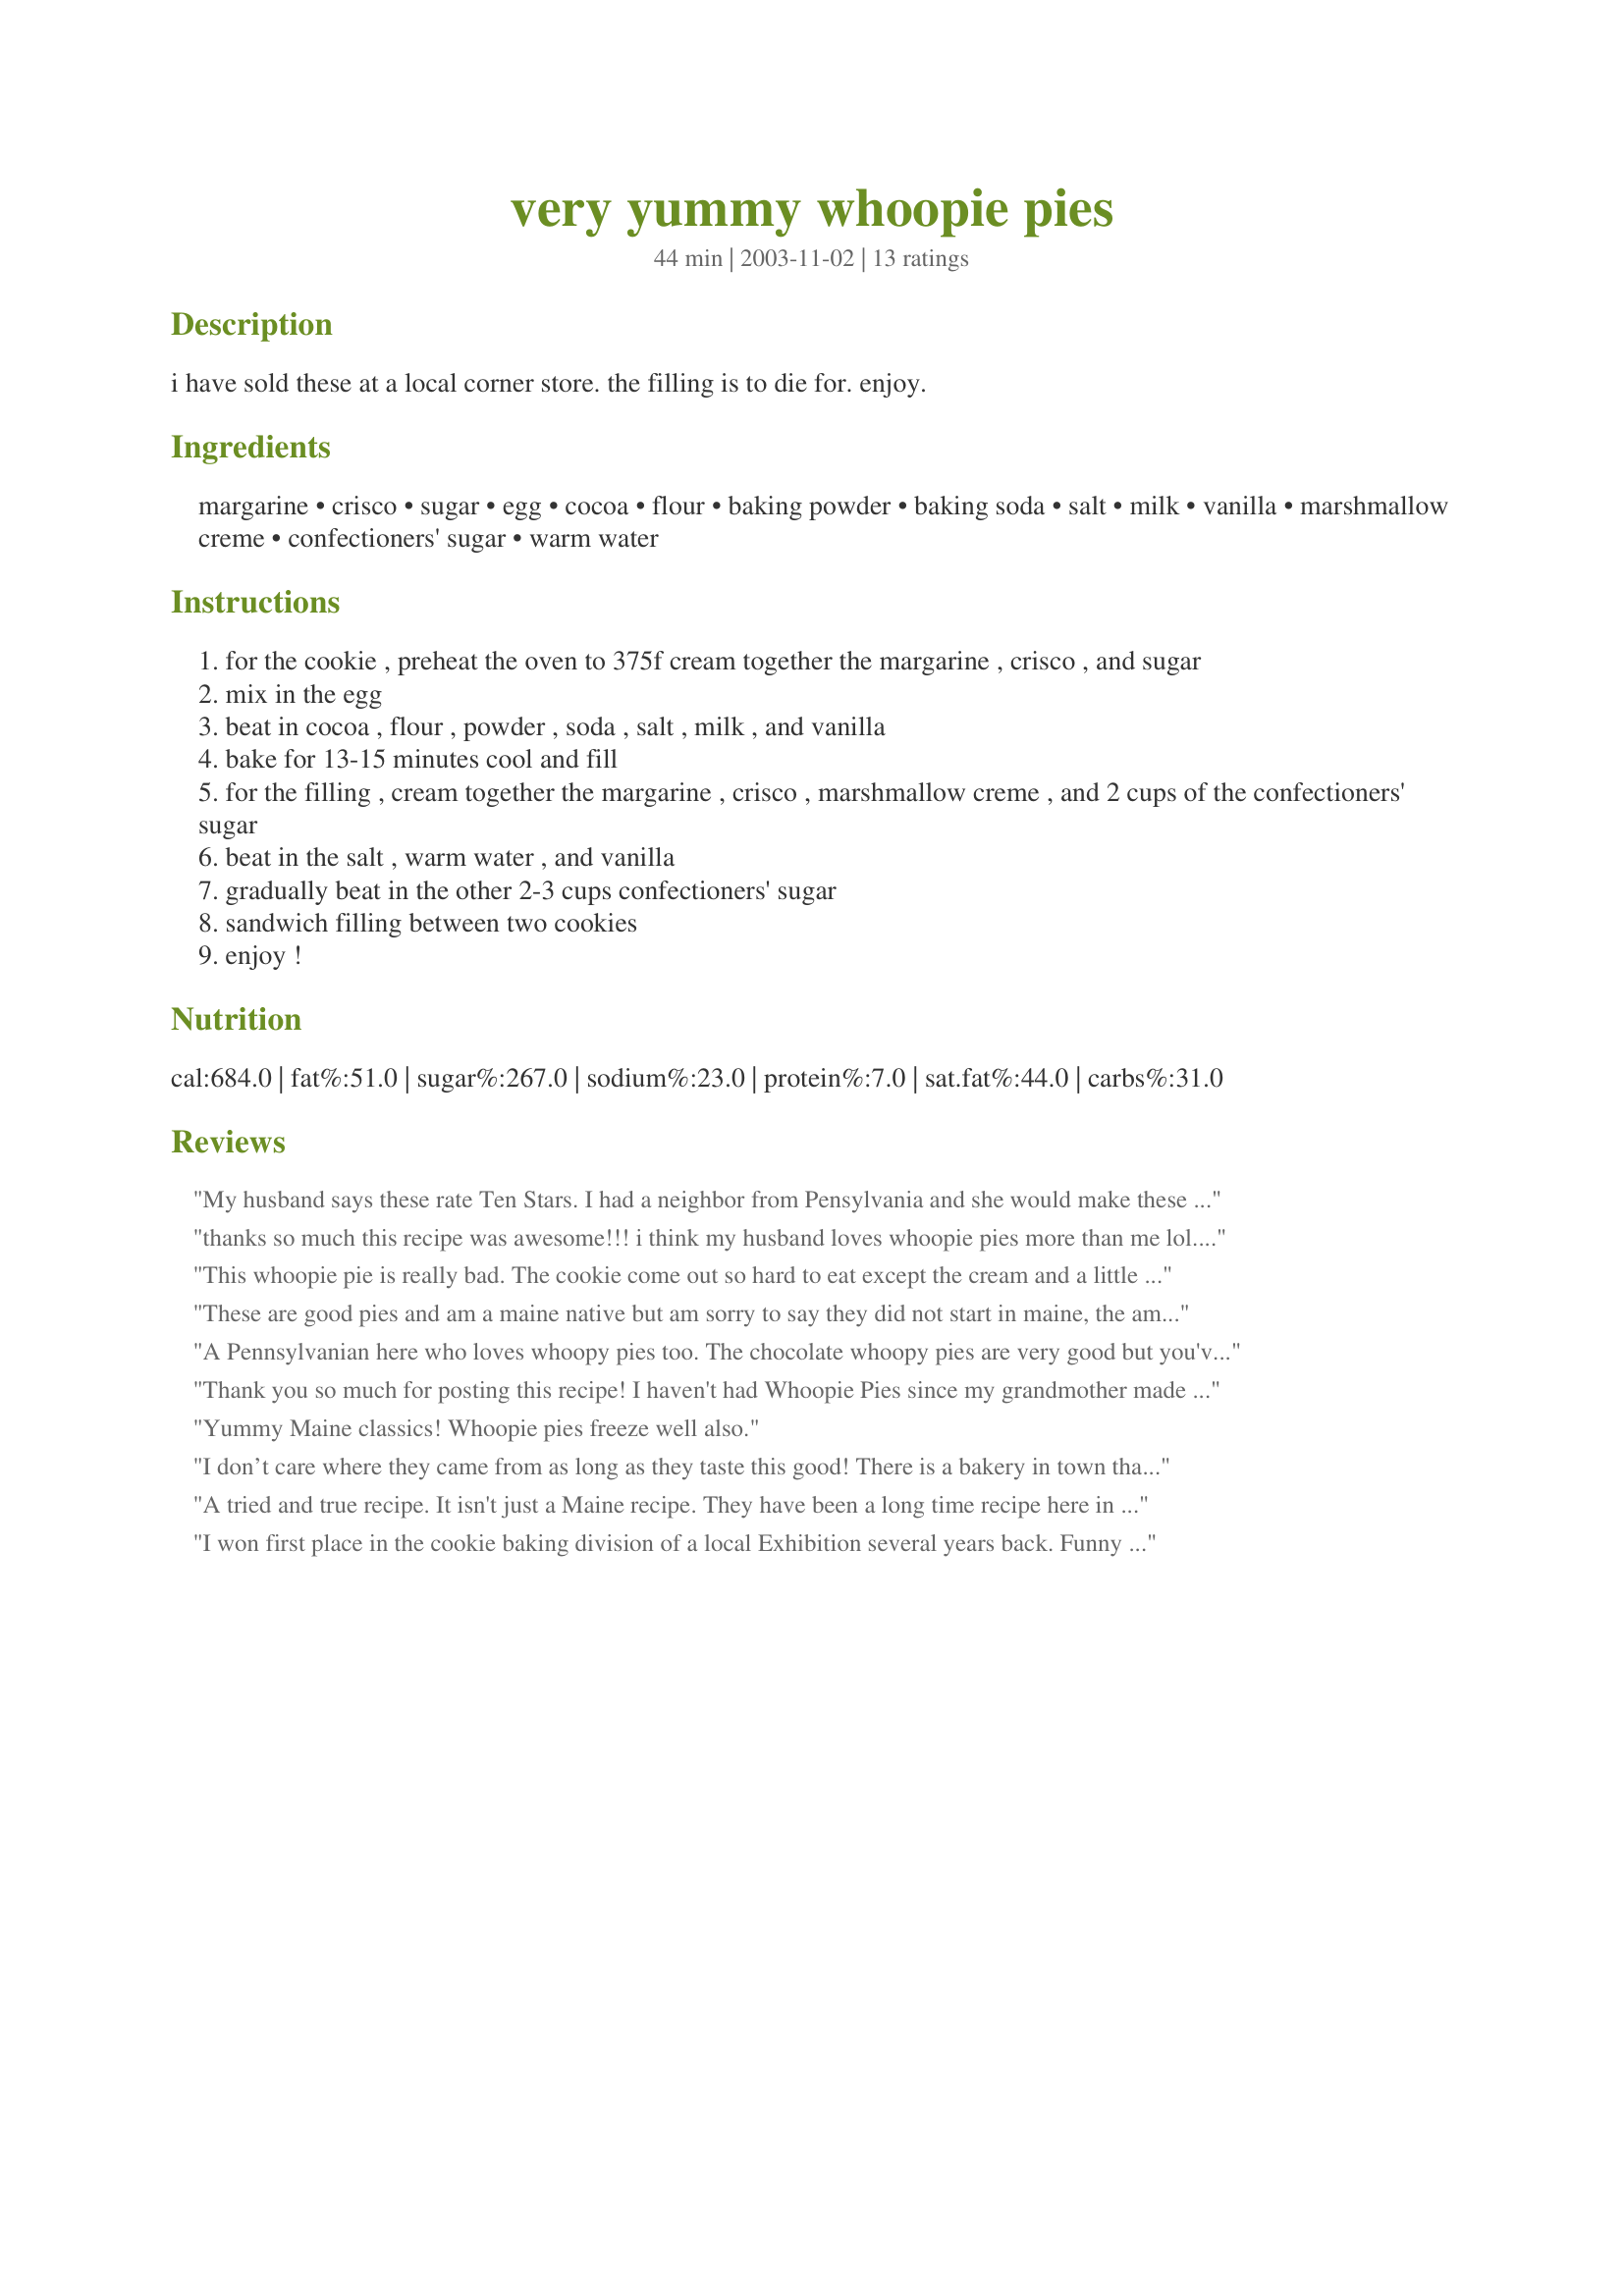
very yummy whoopie pies
Preparation time: 44 minutes

i have sold these at a local corner store. the filling is to die for. enjoy.

Ingredients:
margarine, crisco, sugar, egg, cocoa, flour, baking powder, baking soda, salt, milk, vanilla, marshmallow creme, confectioners' sugar, warm water

Steps:
for the cookie , preheat the oven to 375f cream together the margarine , crisco , and sugar
mix in the egg
beat in cocoa , flour , powder , soda , salt , milk , and vanilla
bake for 13-15 minutes cool and fill
for the filling , cream together the margarine , crisco , marshmallow creme , and 2 cups of the confectioners' sugar
beat in the salt , warm water , and vanilla
gradually beat in the other 2-3 cups confectioners' sugar
sandwich filling between two cookies
enjoy !

Reviews:
My husband says these rate Ten Stars. I had a neighbor from Pensylvania and she would make these for us every now and then. I forgot all about them until I came across your recipe. I dropped the dough by heaping tablespoons about three inches apart and made twenty eight cookis halves and had more batter left so I decided to use a teaspoon and was able to have enough to make another 12 Mini ones. These are sinfully good with a nice tall cold glass of milk.
thanks so much this recipe was awesome!!! i think my husband loves whoopie pies more than me lol... he loves them so do all the kids. i have 6 had to double the batch . made enough extra filling that i stuck the extra in the freezer and secretly nibble it a teaspoon at a time.. GREAT RECIPE !!!!
This whoopie pie is really bad. The cookie come out so hard to eat except the cream and a little too sweet. I will never make this again.
These are good pies and am a maine native but am sorry to say they did not start in maine, the amish brought this recipe with them when they came to the united states in the 1800's.
A Pennsylvanian here who loves whoopy pies too. The chocolate whoopy pies are very good but you've got to try pumpkin whoopy pies recipe #81646. If you like pumpkin, you're in for an awesome treat!
Thank you so much for posting this recipe! I haven't had Whoopie Pies since my grandmother made them for us when we were kids. They are fun to make and very delicious!
Yummy Maine classics! Whoopie pies freeze well also.
I don’t care where they came from as long as they taste this good! There is a bakery in town that makes the best whoopie pies in the whole world. That is until I tried to make them myself using this recipe. From now on this is the best whoopie pie ever! The cakes are moist yet firm enough to be handle. I did limit the amount of sugar in the filling to 4 cups. Thank you for a great dessert!
A tried and true recipe. It isn't just a Maine recipe. They have been a long time recipe here in Pennsylvania since I was a kid. These are sold at local markets and especially by the Amish. Mmm..good.
I won first place in the cookie baking division of a local Exhibition several years back. Funny thing is my sister won first place in her local exhibition with the same recipe in the same year! It's an excellent cookie and a real treat. My kids always loved them.
Wow! A little rich, but if you like rich, they are the best thing happening. I saw another recipe by this person and that was great, so I took another look. Thanks for posting them.
Just wasn't my favorite - not chocolate-y enough for me. Sorry, I just thought they were average.
It's not just a Maine thing! I grew up in Pennsylvania and we called them "Gobs". Now, 21 years later, I see the same recipe going around and it has many different names but the recipe is the same. This is an absolutely wonderful little cookie!! Thanks!
